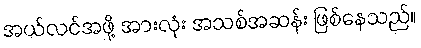
အယ်လင်အဖို့ အားလုံး အသစ်အဆန်း ဖြစ်နေသည်။